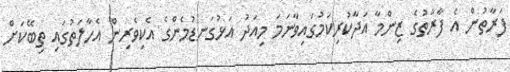
ފަރާތުން އެ ފާރާތުގެ ޒިންމާ އަދާކުރިކަމުގައިވާނަމަ މިއަދު އަޅުގަނޑުމެންގެ އެކިވެރިން އެހާލަތުގައި ތިބޭކަށް